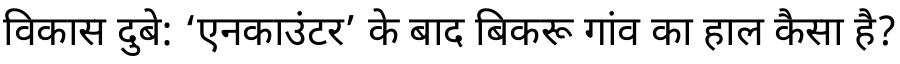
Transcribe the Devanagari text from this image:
विकास दुबे: ‘एनकाउंटर’ के बाद बिकरू गांव का हाल कैसा है?